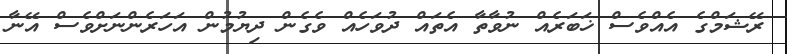
ރޭޝަމްގެ އެއްވެސް ޚަބަރެއް ނުވާތާ އެތައް ދުވަހެއް ވެގެން ދިޔުމުން އަހަރެންނަށްވެސް އޭނާ